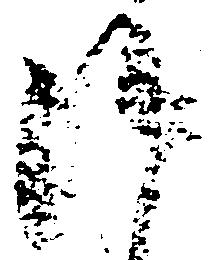
候